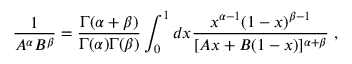
\frac { 1 } { A ^ { \alpha } B ^ { \beta } } = \frac { \Gamma ( \alpha + \beta ) } { \Gamma ( \alpha ) \Gamma ( \beta ) } \int _ { 0 } ^ { 1 } d x \frac { x ^ { \alpha - 1 } ( 1 - x ) ^ { \beta - 1 } } { [ A x + B ( 1 - x ) ] ^ { \alpha + \beta } } \; ,